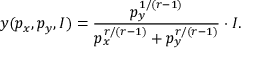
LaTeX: y ( p _ { x } , p _ { y } , I ) = { \frac { p _ { y } ^ { 1 / ( r - 1 ) } } { p _ { x } ^ { r / ( r - 1 ) } + p _ { y } ^ { r / ( r - 1 ) } } } \cdot I .